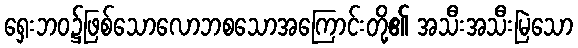
ရှေးဘဝ၌ဖြစ်သောလောဘစသောအကြောင်းတို့၏ အသီးအသီးမြဲသော